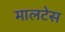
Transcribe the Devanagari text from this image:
मालटेस